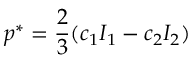
p ^ { * } = \frac { 2 } { 3 } ( c _ { 1 } I _ { 1 } - c _ { 2 } I _ { 2 } )